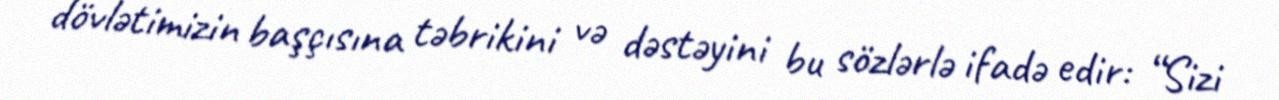
dövlətimizin başçısına təbrikini və dəstəyini bu sözlərlə ifadə edir: “Sizi